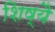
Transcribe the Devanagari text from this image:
शिष्यै